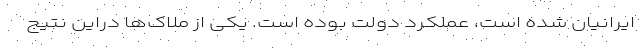
ایرانیان شده است، عملکرد دولت بوده است. یکی از ملاک‌ها دراین نتیج